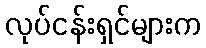
လုပ်ငန်းရှင်များက